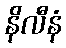
နိလီနံ